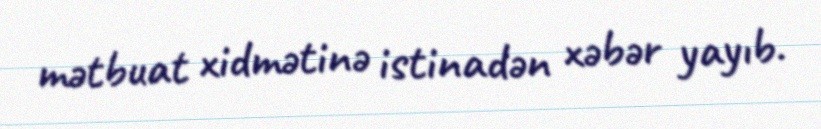
mətbuat xidmətinə istinadən xəbər yayıb.